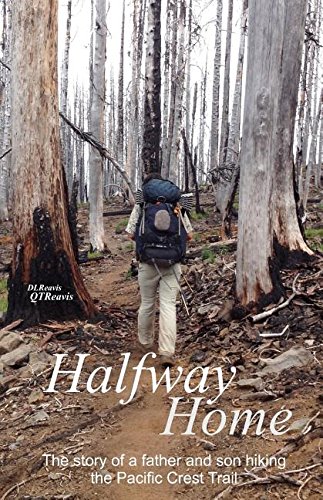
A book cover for Halfway Home: The Story of a Father and Son Hiking the Pacific Crest Trail; Donald Reavis; Sports & Outdoors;